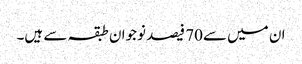
ان میں سے70 فیصد نوجوان طبقہ سے ہیں۔